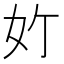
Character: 𪥥